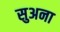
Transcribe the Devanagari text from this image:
सुअना